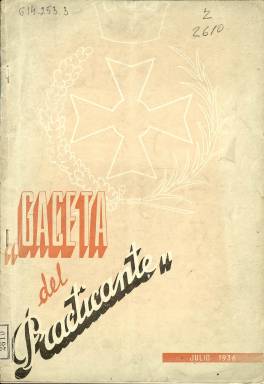
Título: Gaceta del practicante
Colección: Medicina
Ámbito geográfico: Madrid
Lugar de publicación: Madrid
Fechas: 01/07/1936-31/07/1936

Revista mensual de estos profesionales sanitarios que tuvo la mala fortuna de nacer en un mal momento, justo cuando se iniciaba la Guerra Civil que iba a poner en breve punto y final a muchas publicaciones profesionales de todos los sectores que se distribuían por todo el territorio nacional y que, lógicamente, ya no podían hacerlo al quedar dividida España en dos mitades y al ir faltando el papel y otras materias primas básicas.

   Editada por la Federación Nacional de Colegios Oficiales de Practicantes, la revista era una aspiración largamente deseada, dado que había publicaciones de estos profesionales en provincias, pero no había ninguna de alcance nacional que hablara y defendiera los intereses de los practicantes de toda España. Según su declaración de principios, se proponía ‘perfeccionar profesional y culturalmente a los nuestros y conquistar la estimación de los extraños’.

   En su primer número, la revista dirige una salutación a los otros profesionales sanitarios: médicos, farmacéuticos, veterinarios, odontólogos, matronas y otras profesiones, así como a todas las autoridades sanitarias del Estado, a toda la prensa tanto profesional como política y más concretamente al diario El Liberal, de Madrid, por haber acogido en sus páginas las reivindicaciones de los practicantes.

   Editada a dos columnas y con una tipografía vanguardista, la publicación lógicamente insertaba noticias y artículos de opinión, leyes y normas, resoluciones ministeriales y otros asuntos de interés para los practicantes y sanitarios en general. Contaba también con publicidad de productos médicos y de higiene.

   Apenas contaba con ilustraciones pero incluye en su primer número un retrato del doctor Gregorio Marañón y reproduce la carta que éste envío a su director felicitando a los practicantes y mostrándoles su simpatía y admiración por su trabajo.

 En esta carta figuran estas palabras de Marañón que resultan de especial valor por estar escritas días antes del inicio de la guerra:

   ‘En estos momentos en que España necesita tanto de cada uno de sus hijos, en que todos debemos cumplir con rigor de religión nuestros deberes, todos los que nos preocupamos de la salud de nuestros semejantes debemos estar unidos en el entusiasmo y en la severidad para cumplir nuestra misión. Ante el dolor, que todo lo iguala, no hay clases, ni política, ni banderías. Seamos nosotros todos el ejemplo de unión y de respeto al bien común que los otros tengan que imitar’.

  Además de enviarse gratis a las autoridades sanitarias y académicas, colegios médicos y colegios de otras profesiones afines, la revista también era recibida por 9.000 practicantes de Medicina y Cirugía de toda España. ‘No existe ningún pueblo de España donde no llegue la Gaceta del Practicante’ se ufanaba en proclamar, aunque esto fuera la expresión de un deseo más que de una realidad, como la guerra lamentablemente puso en evidencia.

[Descripción publicada el 21/04/2020]